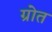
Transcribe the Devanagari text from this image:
ग्रोत